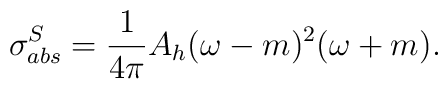
\sigma^{S}_{abs} = \frac{1}{4\pi} A_{h} (\omega - m)^2 (\omega + m).